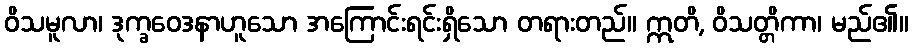
ဝိသမူလာ၊ ဒုက္ခဝေဒနာဟူသော အကြောင်းရင်းရှိသော တရားတည်။ ဣတိ, ဝိသတ္တိကာ၊ မည်၏။